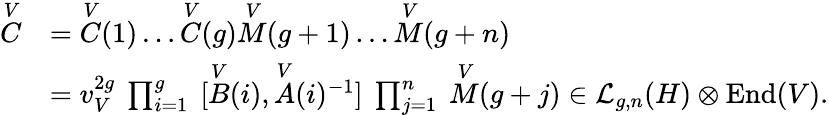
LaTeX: \begin{array}{rl}{\overset{V}{C}}&{=\overset{V}{C}(1)\ldots\overset{V}{C}(g)\overset{V}{M}(g+1)\ldots\overset{V}{M}(g+n)}\\ &{=v_{V}^{2g}\ \prod_{i=1}^{g}\ [\overset{V}{B}(i),\overset{V}{A}(i){^{-1}}]\ \prod_{j=1}^{n}\ \overset{V}{M}(g+j)\in\mathcal{L}_{g,n}(H)\otimes\mathrm{End}(V).}\end{array}